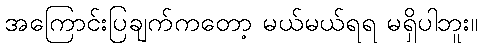
အကြောင်းပြချက်ကတော့ မယ်မယ်ရရ မရှိပါဘူး။